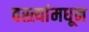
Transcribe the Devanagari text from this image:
वस्त्यांमधून